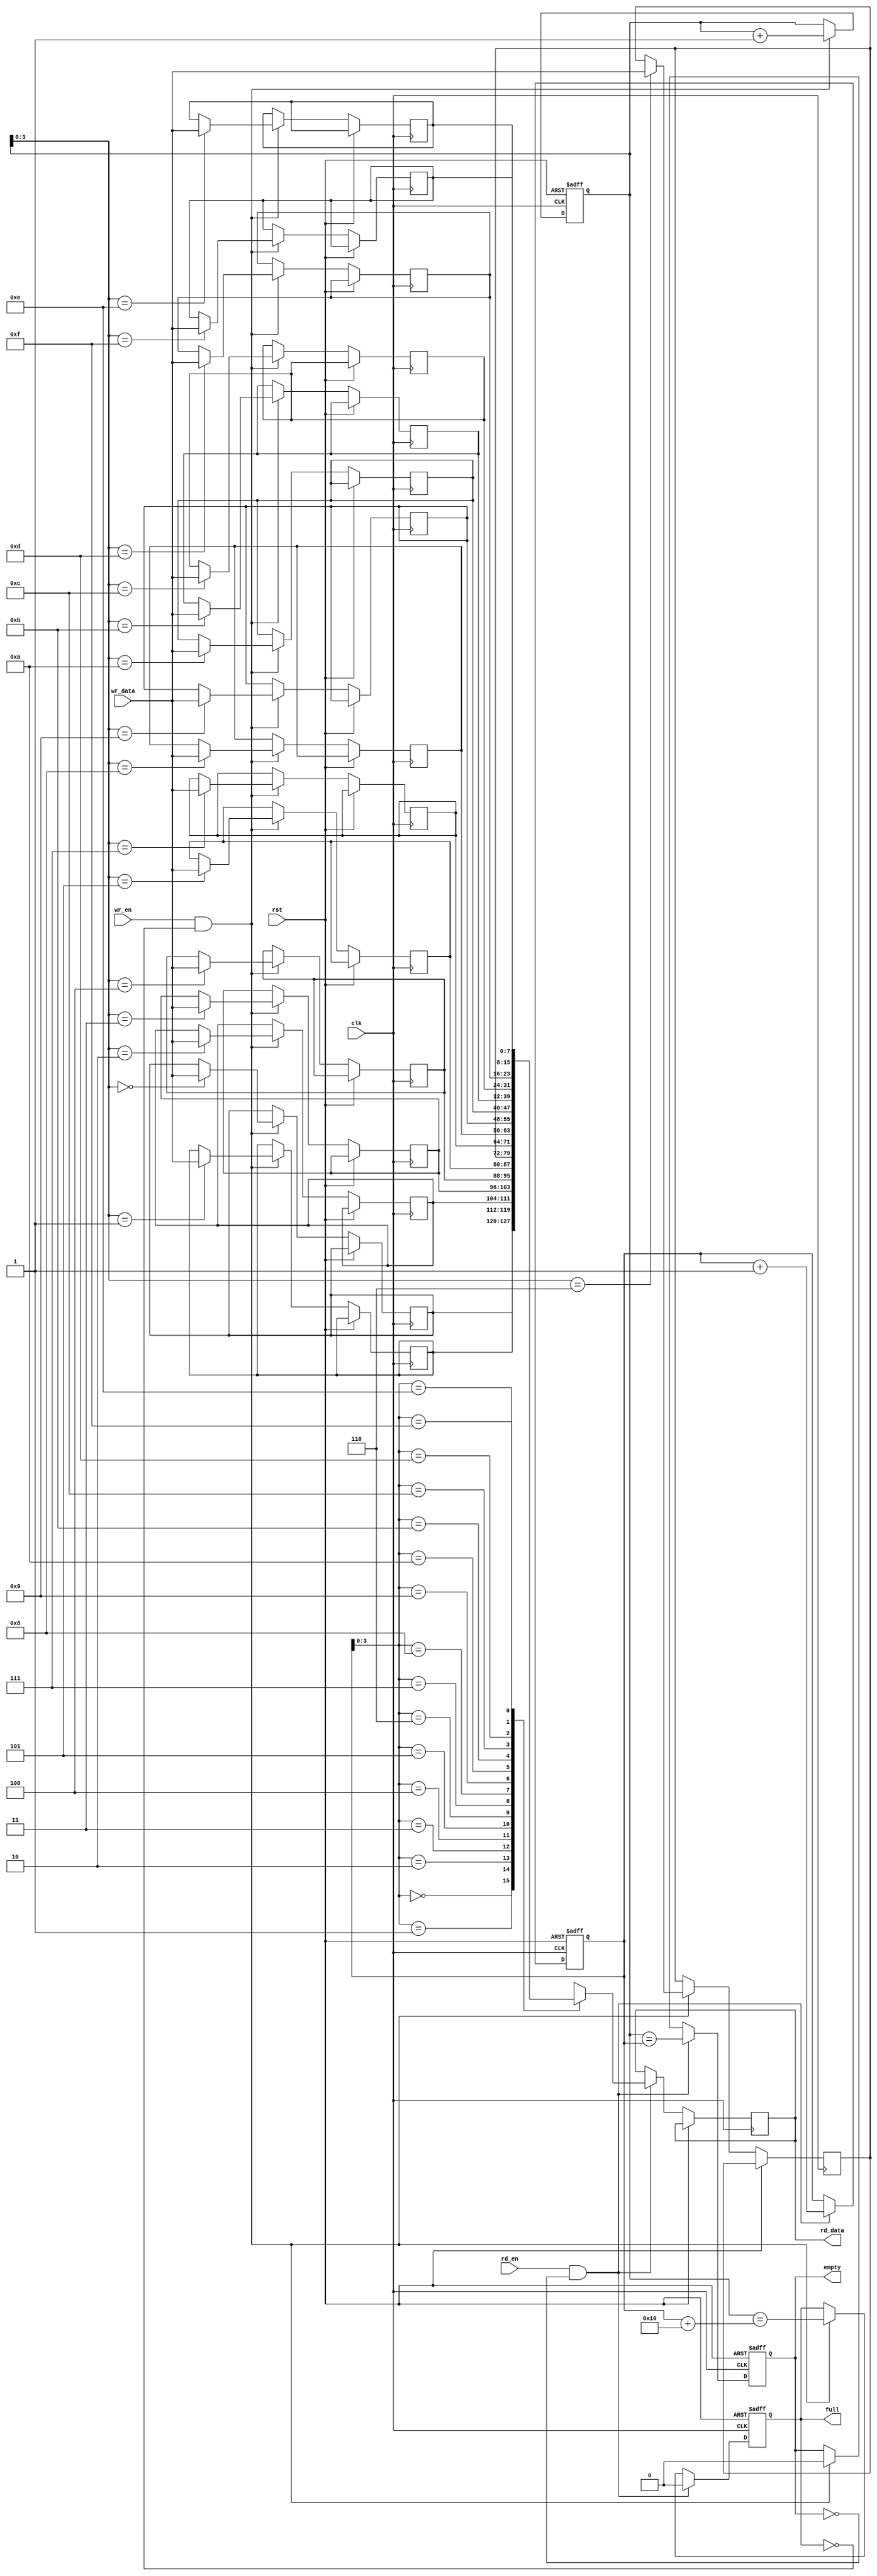
module FIFO # (
    parameter DATA_WIDTH = 8, // Data width of each data item stored in the FIFO
    parameter FIFO_DEPTH = 16 // Depth of the FIFO (number of data items that can be stored)
) (
    input wire clk,
    input wire rst, // Reset signal
    input wire wr_en, // Write enable signal
    input wire [DATA_WIDTH-1:0] wr_data, // Data input for write operation
    output reg full, // Full flag output
    input wire rd_en, // Read enable signal
    output reg [DATA_WIDTH-1:0] rd_data, // Data output for read operation
    output reg empty // Empty flag output
);

reg [(DATA_WIDTH-1):0] fifo[FIFO_DEPTH-1:0];
reg [$clog2(FIFO_DEPTH):0] write_ptr, read_ptr;

always @(posedge clk or posedge rst) begin
    if(rst) begin
        write_ptr <= 0;
        read_ptr <= 0;
        full <= 0;
        empty <= 1;
    end else begin
        if(wr_en && !full) begin
            fifo[write_ptr] <= wr_data;
            write_ptr <= write_ptr + 1;
            full <= (write_ptr == read_ptr + FIFO_DEPTH);
            empty <= 0;
        end

        if(rd_en && !empty) begin
            rd_data <= fifo[read_ptr];
            read_ptr <= read_ptr + 1;
            full <= 0;
            empty <= (write_ptr == read_ptr);
        end
    end
end

endmodule